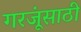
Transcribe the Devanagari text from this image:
गरजूंसाठी